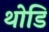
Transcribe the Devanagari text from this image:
थोडि